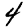
Digit: 4